Rangoon Lunatic Asylum 1898-1906 - 1898-1906
Year: 1898
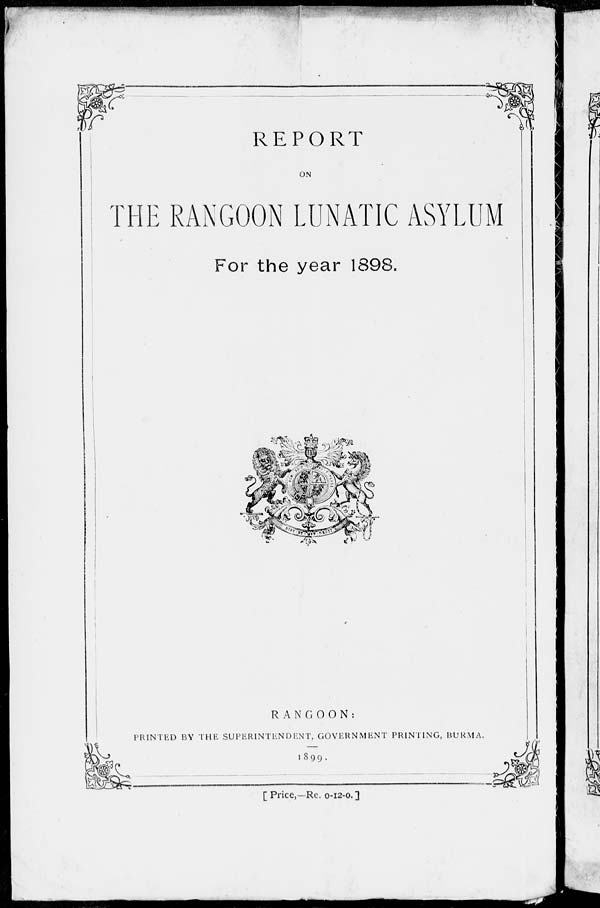
REPORT
ON
THE RANGOON LUNATIC ASYLUM
For the year 1898.
RANGOON:
PRINTED BY THE SUPERINTENDENT, GOVERNMENT PRINTING, BURMA.
1899.
[ Price,—Re. 0-12-0.]